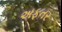
અફતર